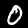
Label: 0